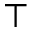
\top